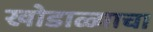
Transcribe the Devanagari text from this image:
खोडाळ्याचा